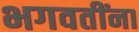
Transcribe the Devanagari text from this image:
भगवतींना